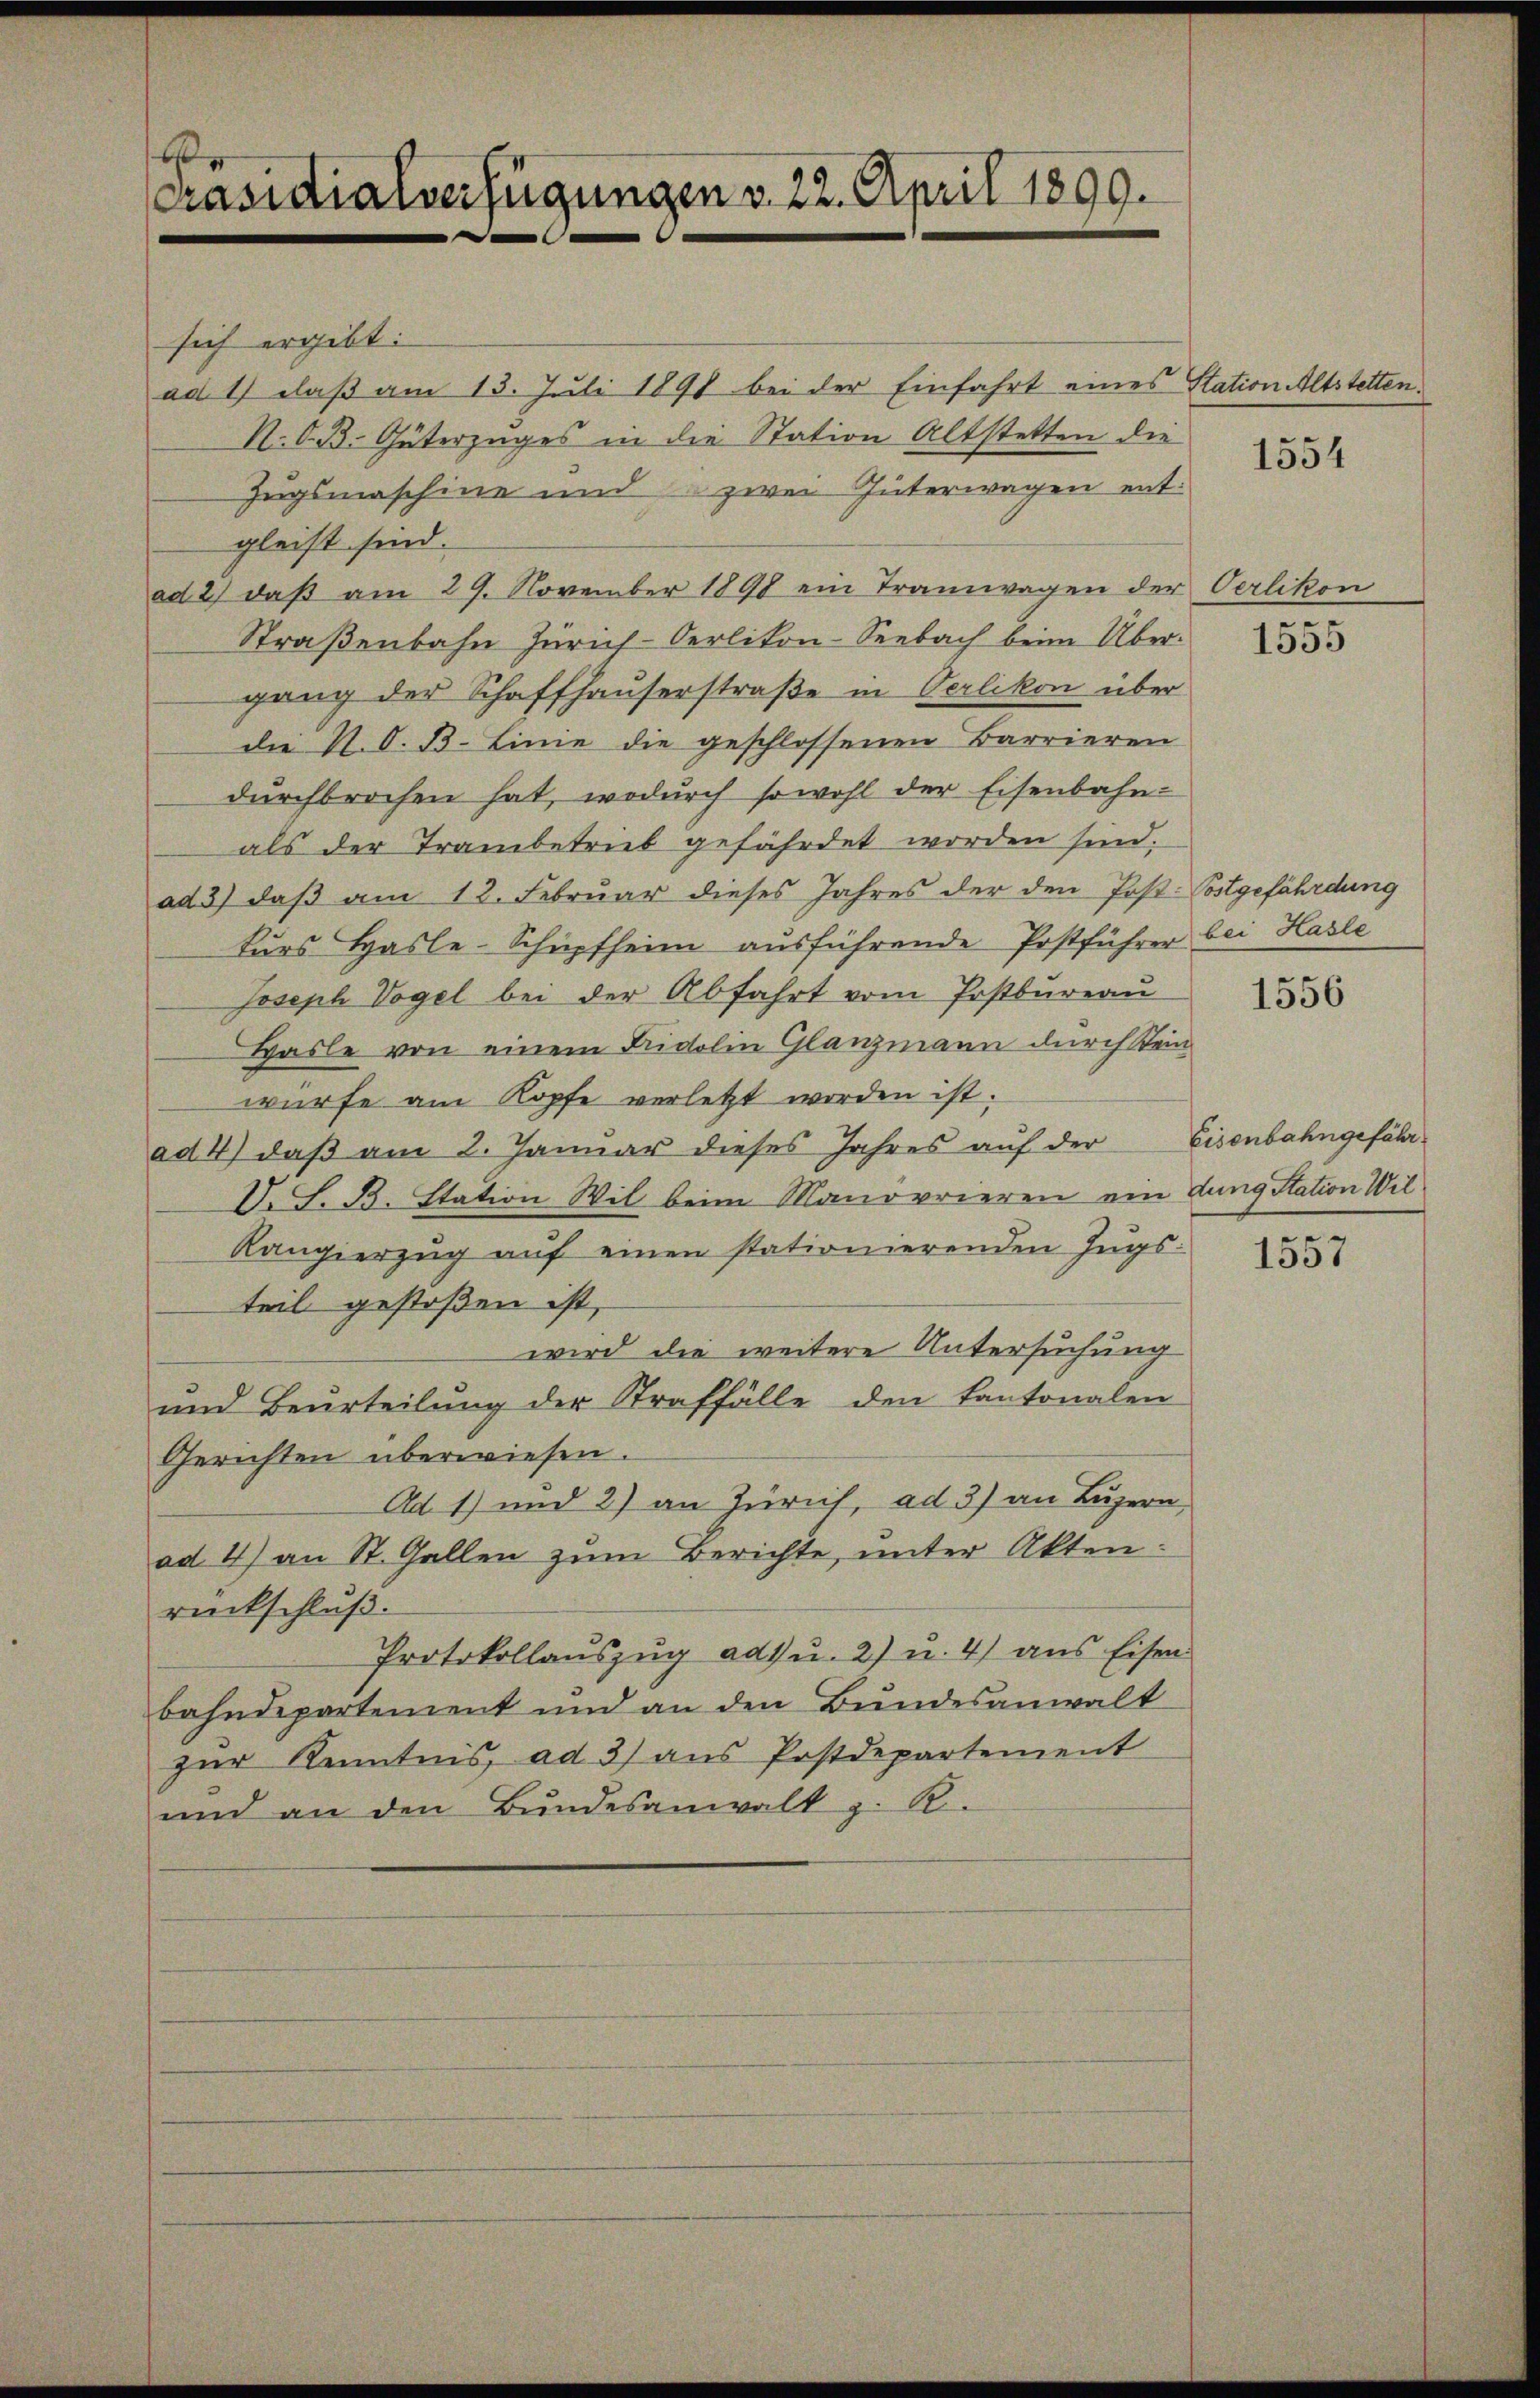
¬
Präsidialverfügungen v. 22. April 1899.

sich ergibt:
ad 1) daß am 13. Juli 1891 bei der Einfahrt eines Station Altstetten.
N. O. B. Güterzuges in die Station Altstetten die
Zugsmaschine und zwei Interwagen entgleist sind.
ad 2) daß am 29. November 1898 ein Tramwagen der
Straßenbahn Zürich-Oerlikon-Seebach beim Übergang der Schaffhauserstraße in Verlikon über
die N. O. B. Linie die geschlossenen Barrieren
dŭrchbrochen hat, wodurch sowohl der Eisenbahn-
als der Trambetrieb gefährdet worden sind.
ad 3) daß am 12. Februar dieses Jahres der den Post-Postgefährdung
kurs Hasle-Schüpfheim ausführende Postführer
Joseph Vogel bei der Abfahrt vom Postbureau
Hasle von einem Fridolin Glanzmann durch Stein
würfe am Kopfe verletzt worden ist.
ad 4) daß am 2. Januar dieses Jahres auf der
D. S. B. Station Wil beim Manorrieren ein
Kangierzug auf einen stationierenden Zugs-
teil gestoßen ist,
wird die weitere Untersuchung
und Beurteilŭng der Straffälle den Kantonalen
Gerichten überwiesen.
Ad 1) und 2) an Zürich, ad 3) an Luzern,
ad 4) an St. Gallen zum Berichte, unter Akten:
rückschluß.
Protokollaŭszŭg ad u. 2) u. 4) ans Eisen
bahndepartement und an den Bundesanwalt
zŭr Kenntnis, ad 3) aus Postdepartement
und an den Bundesanwalt z. R.

1554

Oerlikon

1555

bei Hasle

1556

Eisenbahngefährdung Station Wil

1557